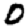
Digit: 0